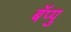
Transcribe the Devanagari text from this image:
बॅप्पु